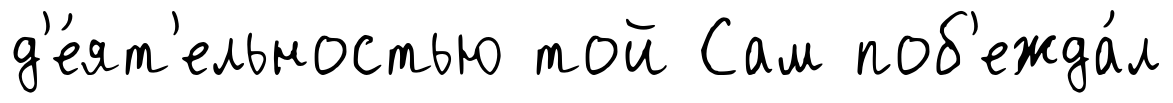
д'е́ят'ельностью той Сам поб'ежда́л